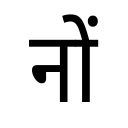
OCR:
नों